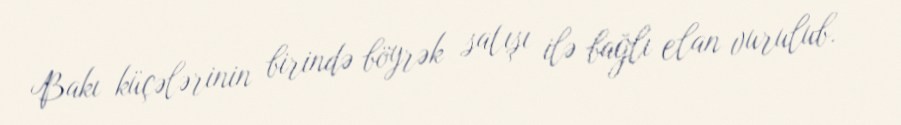
Bakı küçələrinin birində böyrək satışı ilə bağlı elan vurulub.